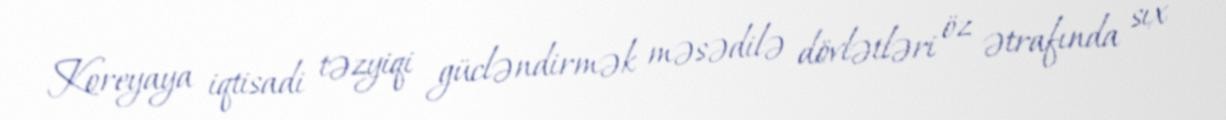
Koreyaya iqtisadi təzyiqi gücləndirmək məsədilə dövlətləri öz ətrafında sıx